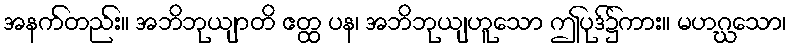
အနက်တည်း။ အဘိဘုယျာတိ ဧတ္ထ ပန၊ အဘိဘုယျဟူသော ဤပုဒ်၌ကား။ မဟဂ္ဃသော၊